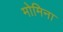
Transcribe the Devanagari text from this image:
मोमिना